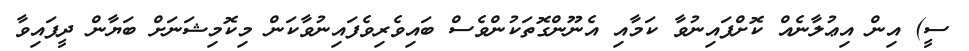
ސީ) އިން އިޢުލާނެއް ކޮށްފައިނުވާ ކަމާއި އެނޫންގޮތަކުންވެސް ބައިވެރިވެފައިނުވާކަން މިކޮމިޝަނަށް ބަޔާން ދީފައިވާ